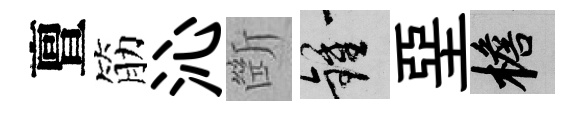
亶筋沁㫁鍾堊檐